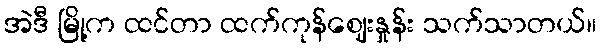
အဲဒီ မြို့က ထင်တာ ထက်ကုန်ဈေးနှုန်း သက်သာတယ်။